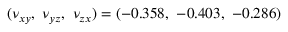
( \nu _ { x y } , ~ \nu _ { y z } , ~ \nu _ { z x } ) = ( - 0 . 3 5 8 , ~ - 0 . 4 0 3 , ~ - 0 . 2 8 6 )